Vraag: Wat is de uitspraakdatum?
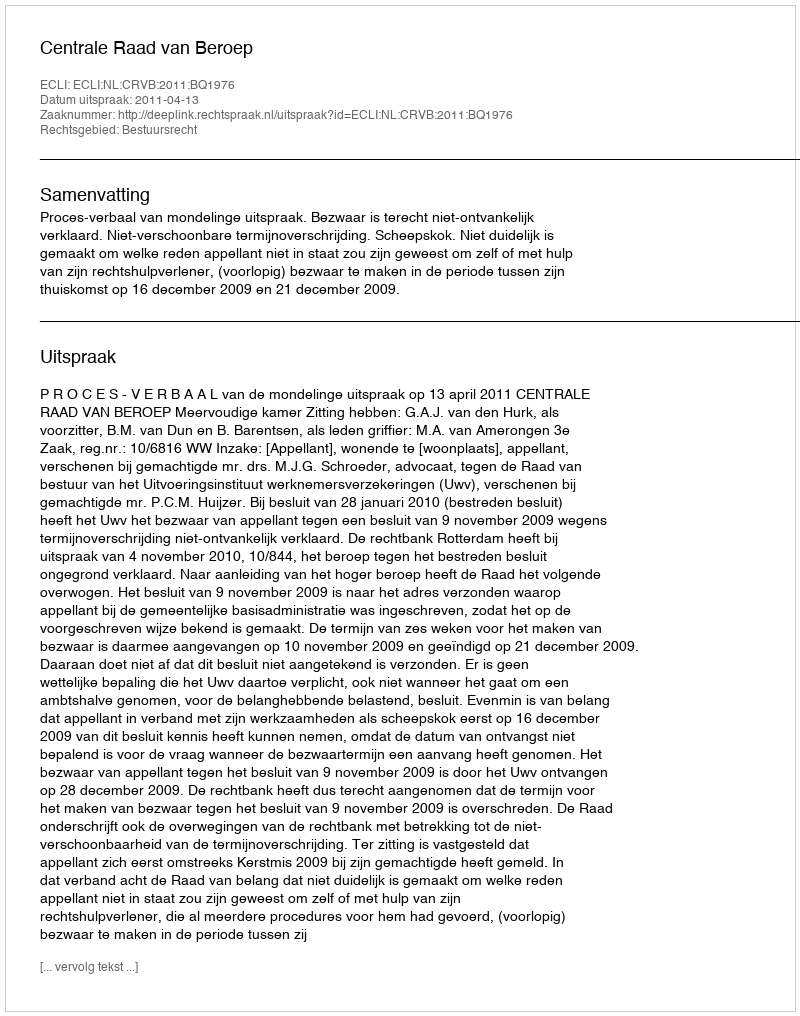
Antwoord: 2011-04-13